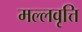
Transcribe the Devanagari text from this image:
मल्लवृत्ति